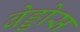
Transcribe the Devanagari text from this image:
बेड्डोस